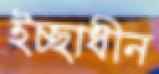
ইচ্ছাধীন